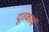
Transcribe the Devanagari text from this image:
दूतकार्म